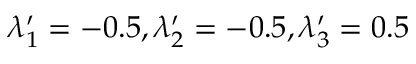
\lambda _ { 1 } ^ { \prime } = - 0 . 5 , \lambda _ { 2 } ^ { \prime } = - 0 . 5 , \lambda _ { 3 } ^ { \prime } = 0 . 5